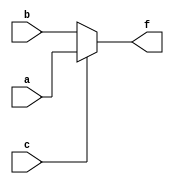
module mux2to1_df(a,b,c,f);
    input a,b,c;
    output f;
    assign f=c?a:b;
endmodule